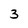
Character: 3